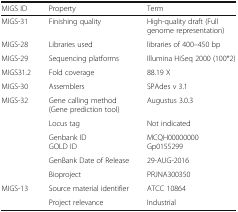
| MIGS ID | Property | Term |
 | --- | --- | --- |
 | MIGS-31 | Finishing quality | High-quality draft (Full genome representation) |
 | MIGS-28 | Libraries used | libraries of 400–450 bp |
 | MIGS-29 | Sequencing platforms | Illumina HiSeq 2000 (100*2) |
 | MIGS31.2 | Fold coverage | 88.19 X |
 | MIGS-30 | Assemblers | SPAdes v 3.1 |
 | <ROWSPAN=5> MIGS-32 | Gene calling method (Gene prediction tool) | Augustus 3.0.3 |
 | Locus tag | Not indicated |
 | Genbank IDGOLD ID | MCQH00000000Gp0155299 |
 | GenBank Date of Release | 29-AUG-2016 |
 | Bioproject | PRJNA300350 |
 | <ROWSPAN=2> MIGS-13 | Source material identifier | ATCC 10864 |
 | Project relevance | Industrial |